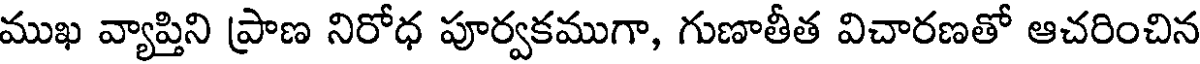
ముఖ వ్యాప్తిని ప్రాణ నిరోధ పూర్వకముగా, గుణాతీత విచారణతో ఆచరించిన